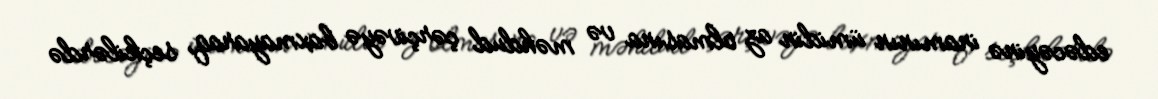
edəcəyinə inamının ümidin az olmasına və məhdud çərçivəyə baxmayaraq, seçkilərdə